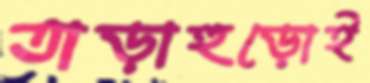
তাড়াহুড়োই